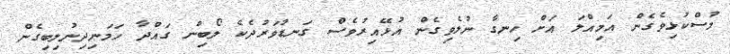
މުސްކުޅިވެގެން އަމިއްލަ އަށް ހިނގާ ނުލެވިގެން އުޅޭއިރުވެސް ގަނޑުވަރުދެކެ ލޯބިން ގައްދާ ހަމަނިދިނުލިބިގެން